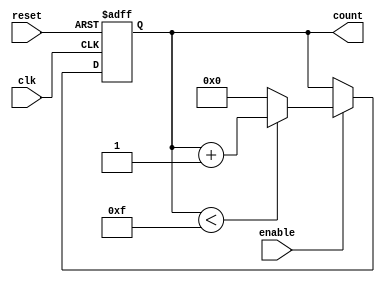
module async_counter (
    input wire clk,         // Clock input
    input wire reset,       // Asynchronous reset input
    input wire enable,      // Enable input to control counting
    output reg [3:0] count  // 4-bit count output
);

    // Define the maximum count value (15 for a 4-bit counter)
    parameter MAX_COUNT = 4'b1111;

    // Asynchronous reset and counting logic
    always @(posedge clk or posedge reset) begin
        if (reset) begin
            // Asynchronous reset to zero
            count <= 4'b0000;
        end else if (enable) begin
            // Increment count on clock edge if enabled
            if (count < MAX_COUNT) begin
                count <= count + 1;
            end else begin
                // Wrap around to zero
                count <= 4'b0000;
            end
        end
    end

endmodule